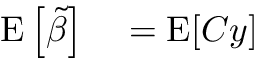
\begin{array} { r l r l } { \operatorname { E } \left[ { \tilde { \beta } } \right] } & { { } = \operatorname { E } [ C y ] } \end{array}